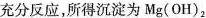
充分反应，所得沉淀为Mg(OH)_{2}